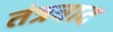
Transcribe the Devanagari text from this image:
तंत्रवाद